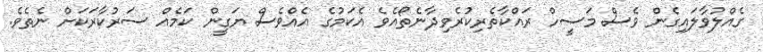
ގެއްލުވާލައިގެން ވެސް މަސީހް ރައްކާތެރިކުރެވިދާނެތޯއެވެ އެކަމުގެ އެއްވެސް ޔަގީން ކަމެއް ސަރުކާރަކަށް ނެތެވެ.